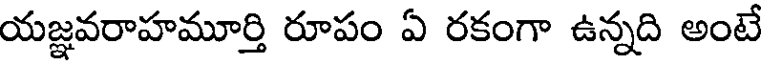
యజ్ఞవరాహమూర్తి రూపం ఏ రకంగా ఉన్నది అంటే